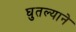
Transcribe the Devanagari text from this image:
घुतल्याने